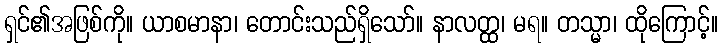
ရှင်၏အဖြစ်ကို။ ယာစမာနာ၊ တောင်းသည်ရှိသော်။ နာလတ္ထ၊ မရ။ တသ္မာ၊ ထိုကြောင့်။